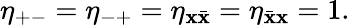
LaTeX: \eta_{+-}=\eta_{-+}=\eta_{\mathbf{x}\bar{{\mathbf{x}}}}=\eta_{{\bar{{\mathbf{x}}}}\mathbf{x}}=1.